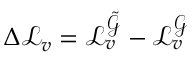
\Delta \mathcal { L } _ { v } = \mathcal { L } _ { v } ^ { \tilde { \mathcal { G } } } - \mathcal { L } _ { v } ^ { \mathcal { G } }